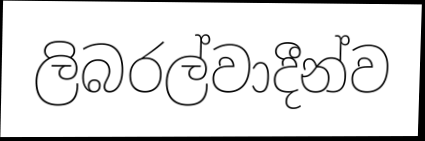
ලිබරල්වාදීන්ව